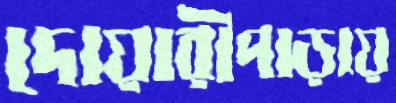
দোয়ারীপাড়ায়